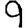
Digit: 9